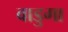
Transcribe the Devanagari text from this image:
वाडुगा